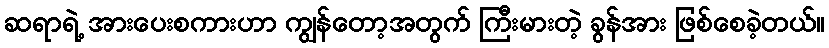
ဆရာရဲ့ အားပေးစကားဟာ ကျွန်တော့အတွက် ကြီးမားတဲ့ ခွန်အား ဖြစ်စေခဲ့တယ်။